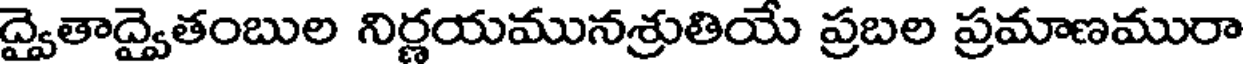
ద్వైతాద్వైతంబుల నిర్ణయమునశ్రుతియే ప్రబల ప్రమాణమురా